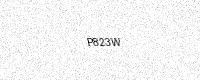
Text: P823W